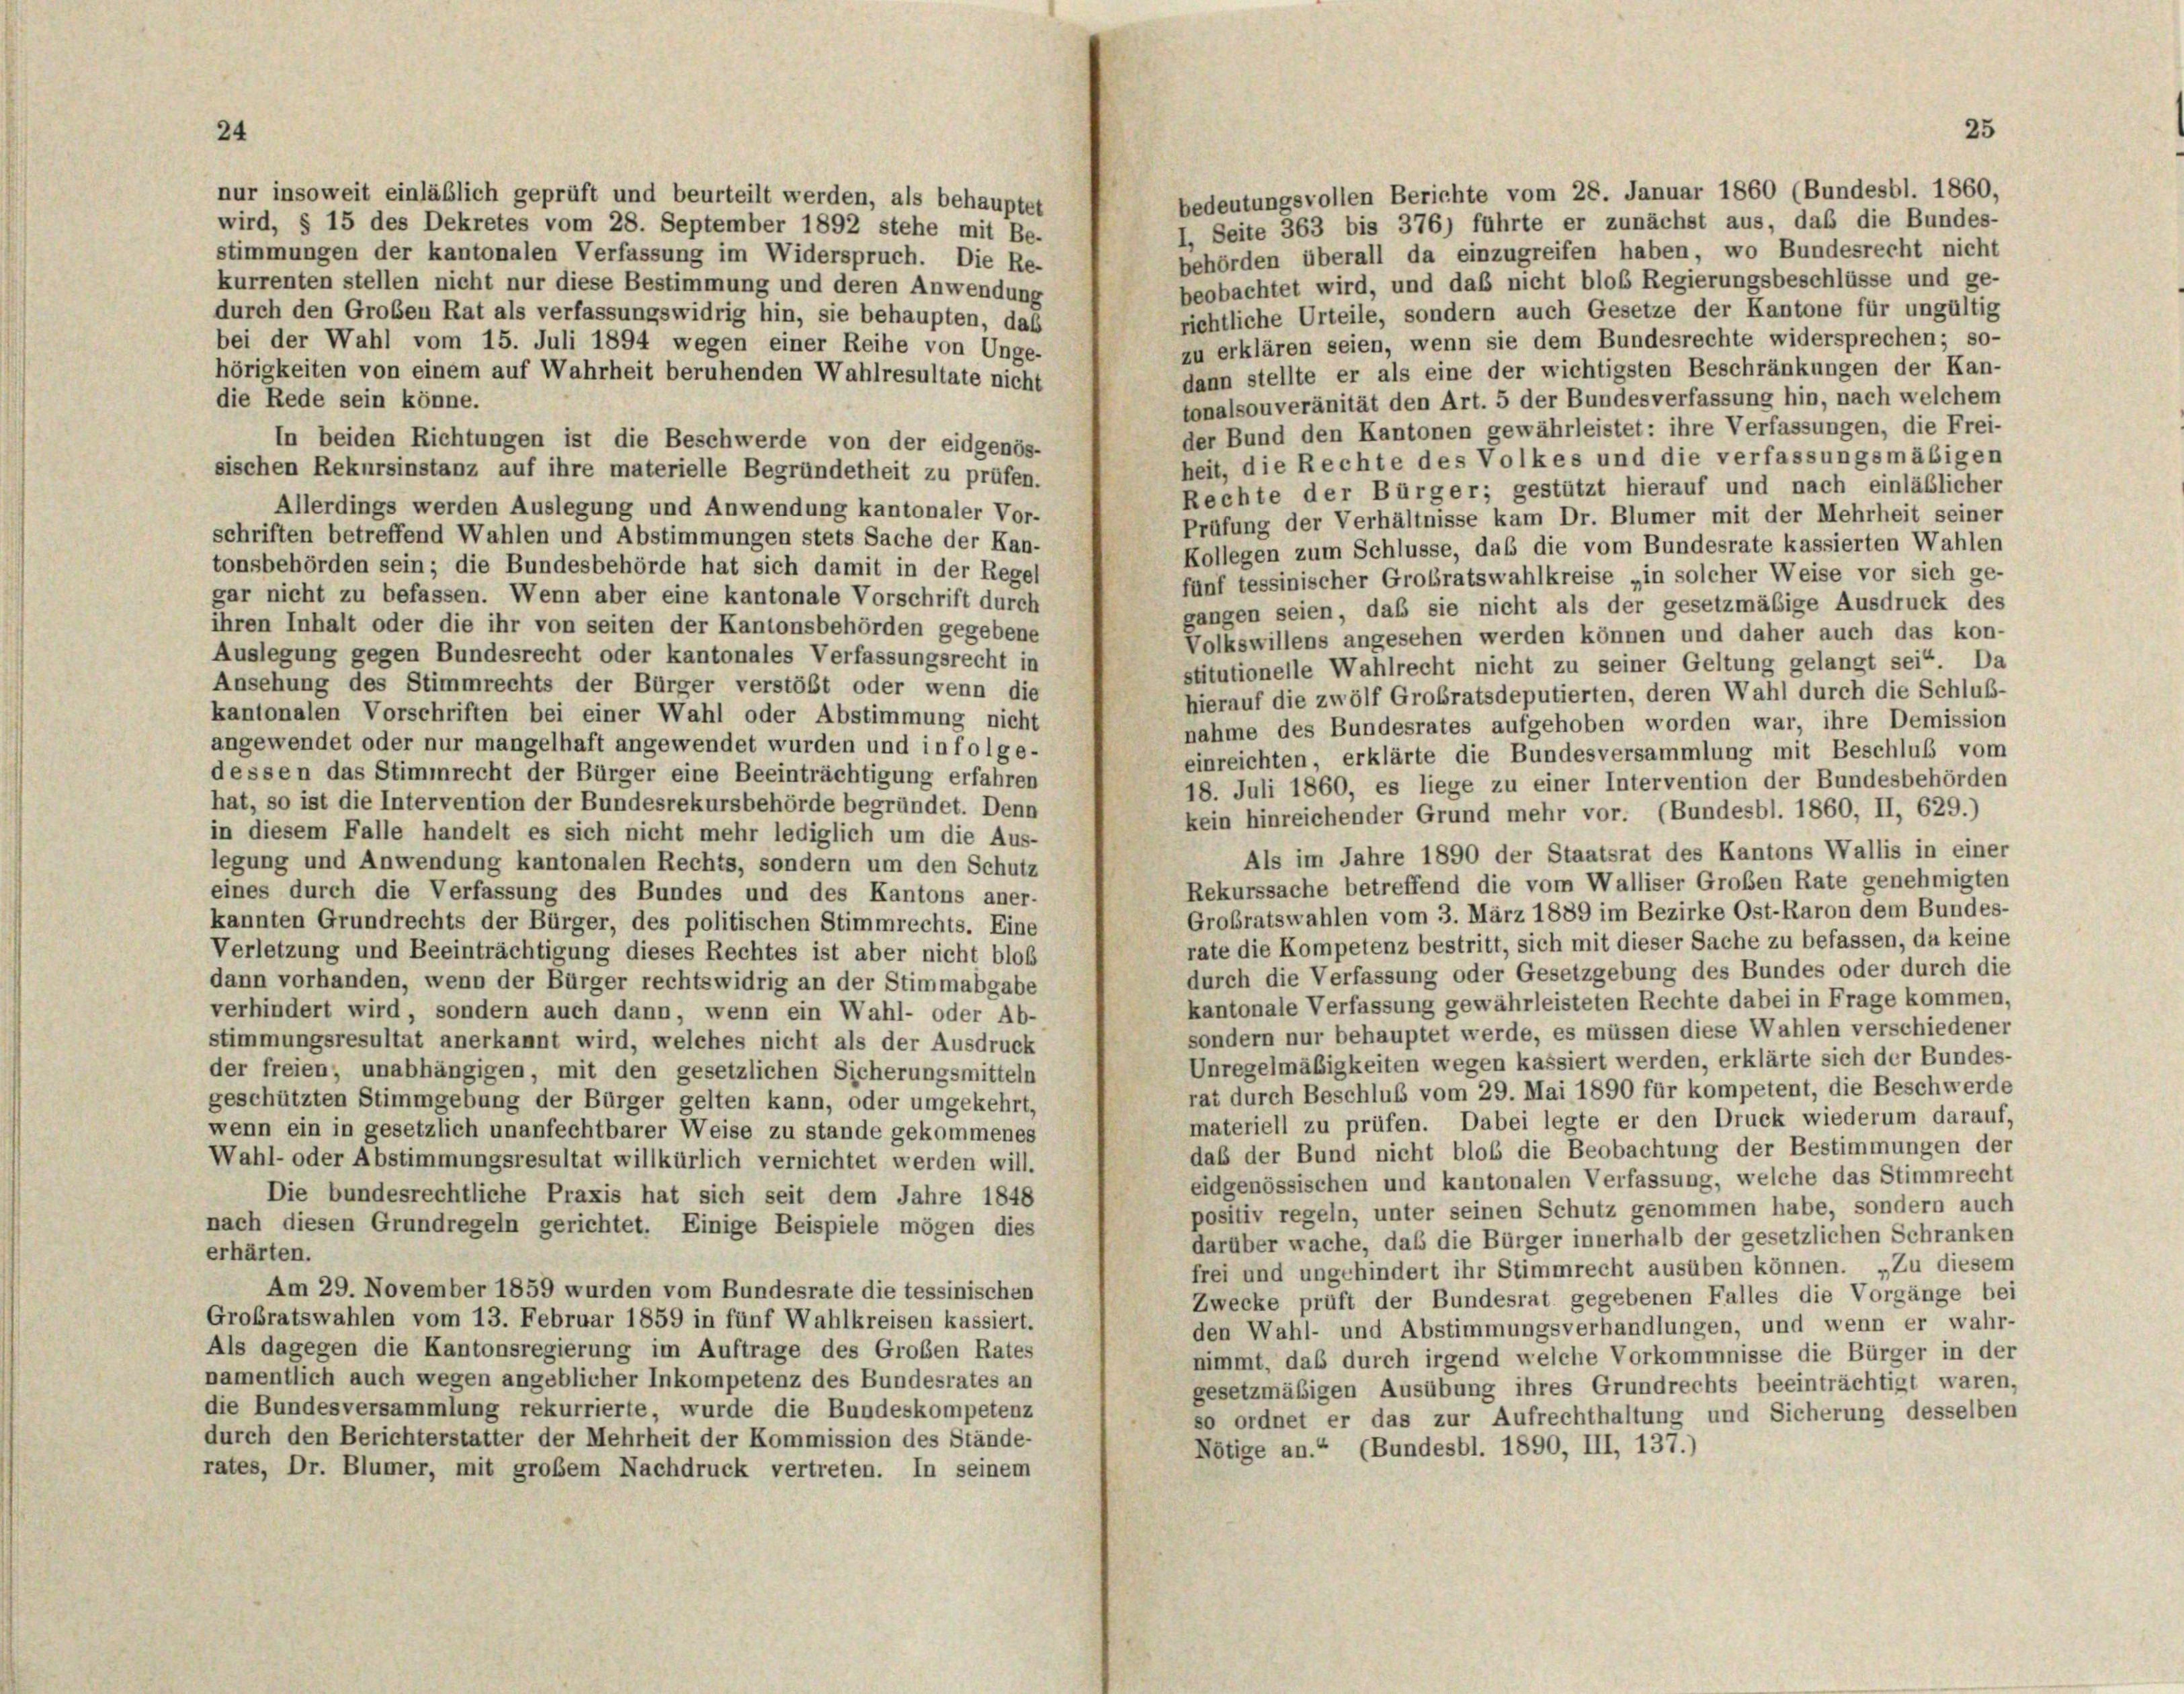
25

bedeutungsvollen Berichte vom 28. Januar 1860 (Bundesbl. 1860,
nur insoweit einläßlich geprüft und beurteilt werden, als behauptet
I. Seite 363 bis 376) führte er zunächst aus, daß die Bundes-
wird, § 15 des Dekretes vom 28. September 1892 stehe mit Be-
stimmungen der kantonalen Verfassung im Widerspruch. Die Re-
behörden überall da einzugreifen haben, wo Bundesrecht nicht
beobachtet wird, und daß nicht bloß Regierungsbeschlüsse und ge-
kurrenten stellen nicht nur diese Bestimmung und deren Anwendung
richtliche Urteile, sondern auch Gesetze der Kantone für ungültig
durch den Großen Rat als verfassungswidrig hin, sie behaupten, das
zu erklären seien, wenn sie dem Bundesrechte widersprechen; so-
bei der Wahl vom 15. Juli 1894 wegen einer Reihe von Unge-
dann stellte er als eine der wichtigsten Beschränkungen der Kan-
hörigkeiten von einem auf Wahrheit beruhenden Wahlresultate nicht
die Rede sein könne.
tonalsouveränität den Art. 5 der Bundesverfassung hin, nach welchem
der Bund den Kantonen gewährleistet: ihre Verfassungen, die Frei-
In beiden Richtungen ist die Beschwerde von der eidgenös-
heit, die Rechte des Volkes und die verfassungsmäßigen
sischen Rekursinstanz auf ihre materielle Begründetheit zu prüfen.
Rechte der Bürger; gestützt hierauf und nach einläßlicher
Allerdings werden Auslegung und Anwendung kantonaler Vor-
Prüfung der Verhältnisse kam Dr. Blümer mit der Mehrheit seiner
schriften betreffend Wahlen und Abstimmungen stets Sache der Kan-
Kollegen zum Schlüsse, daß die vom Bundesrate kassierten Wahlen
tonsbehörden sein; die Bundesbehörde hat sich damit in der Regel
fünf tessinischer Grobratswahlkreise „in solcher Weise vor sich ge-
gar nicht zu befassen. Wenn aber eine kantonale Vorschrift durch
gangen seien, daß sie nicht als der gesetzmäbige Ausdruck des
ihren Inhalt oder die ihr von seiten der Kantonsbehörden gegebene
Volkswillens angesehen werden können und daher auch das kon-
Auslegung gegen Bundesrecht oder kantonales Verfassungsrecht in
stitutionelle Wahlrecht nicht zu seiner Geltung gelangt sei“. Da
Ansehung des Stimmrechts der Bürger verstößt oder wenn die
hierauf die zwölf Grobratsdeputierten, deren Wahl durch die Schluß-
kantonalen Vorschriften bei einer Wahl oder Abstimmung nicht
nahme des Bundesrates aufgehoben worden war, ihre Demission
angewendet oder nur mangelhaft angewendet wurden und in folge-
einreichten, erklärte die Bundesversammlung mit Beschluß vom
dessen das Stimmrecht der Bürger eine Beeinträchtigung erfahren
18. Juli 1860, es liege zu einer Intervention der Bundesbehörden
hat, so ist die Intervention der Bundesrekursbehörde begründet. Denn
kein hinreichender Grund mehr vor. (Bundesbl. 1860, II, 629.)
in diesem Falle handelt es sich nicht mehr lediglich um die Aus-
Als im Jahre 1890 der Staatsrat des Kantons Wallis in einer
legung und Anwendung kantonalen Rechts, sondern um den Schutz
Rekurssache betreffend die vom Walliser Großen Rate genehmigten
eines durch die Verfassung des Bundes und des Kantons aner-
Großratswahlen vom 3. März 1889 im Bezirke Ost-Raron dem Bundes-
kannten Grundrechts der Bürger, des politischen Stimmrechts. Eine
rate die Kompetenz bestritt, sich mit dieser Sache zu befassen, da keine
Verletzung und Beeinträchtigung dieses Rechtes ist aber nicht bloß
durch die Verfassung oder Gesetzgebung des Bundes oder durch die
dann vorhanden, wenn der Bürger rechtswidrig an der Stimmabgabe
kantonale Verfassung gewährleisteten Rechte dabei in Frage kommen,
verhindert wird, sondern auch dann, wenn ein Wahl- oder Ab-
sondern nur behauptet werde, es müssen diese Wahlen verschiedener
stimmungsresultat anerkannt wird, welches nicht als der Ausdruck
Unregelmäßigkeiten wegen kassiert werden, erklärte sich der Bundes-
der freien, unabhängigen, mit den gesetzlichen Sicherungsmitteln
rat durch Beschluß vom 29. Mai 1890 für kompetent, die Beschwerde
geschützten Stimmgebung der Bürger gelten kann, oder umgekehrt,
materiell zu prüfen. Dabei legte er den Druck wiederum darauf,
wenn ein in gesetzlich unanfechtbarer Weise zu stande gekommenes
daß der Bund nicht bloß die Beobachtung der Bestimmungen der
Wahl- oder Abstimmungsresultat willkürlich vernichtet werden will.
eidgenössischen und kantonalen Verfassung, welche das Stimmrecht
Die bundesrechtliche Praxis hat sich seit dem Jahre 1848
positiv regeln, unter seinen Schutz genommen habe, sondern auch
nach diesen Grundregeln gerichtet. Einige Beispiele mögen dies
darüber wache, daß die Bürger innerhalb der gesetzlichen Schranken
erhärten.
frei und ungehindert ihr Stimmrecht ausüben können. „Zu diesen
Am 29. November 1859 wurden vom Bundesrate die tessinischen
Zwecke prüft der Bundesrat gegebenen Falles die Vorgänge bei
Großratswahlen vom 13. Februar 1859 in fünf Wahlkreisen kassiert.
den Wahl- und Abstimmungsverhandlungen, und wenn er wahr-
Als dagegen die Kantonsregierung im Auftrage des Großen Rates
nimmt, das durch irgend welche Vorkommnisse die Bürger in der
namentlich auch wegen angeblicher Inkompetenz des Bundesrates an
gesetzmäßigen Ausübung ihres Grundrechts beeinträchtigt waren.
die Bundesversammlung rekurrierte, wurde die Bundeskompetenz
so ordnet er das zur Aufrechthaltung und Sicherung desselben
durch den Berichterstatter der Mehrheit der Kommission des Stände-
Nötige an.“ (Bundesbl. 1890, III, 137.)
rates, Dr. Blümer, mit großem Nachdruck vertreten. In seinem